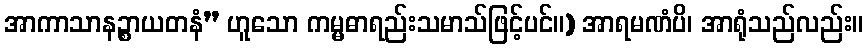
အာကာသာနဉ္စာယတနံ” ဟူသော ကမ္မဓာရည်းသမာသ်ဖြင့်ပင်။) အာရမဏံပိ၊ အာရုံသည်လည်း။